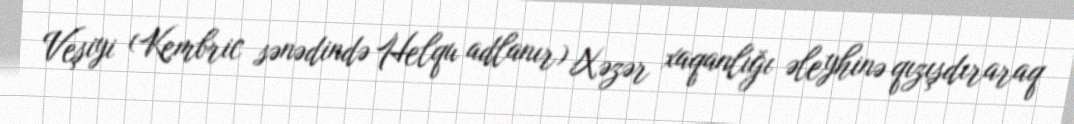
Veşiyi (Kembric sənədində Helqu adlanır) Xəzər xaqanlığı əleyhinə qızışdıraraq